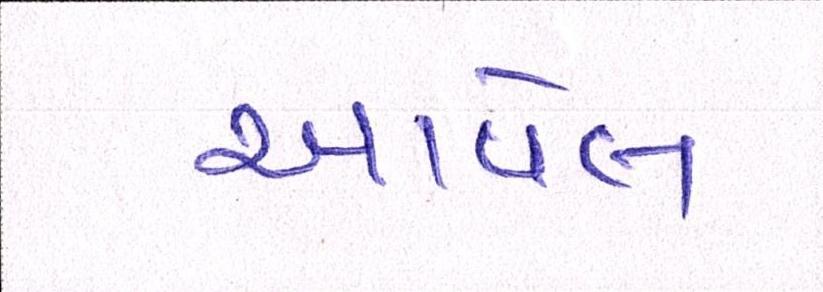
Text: આવેલ